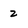
Character: 2